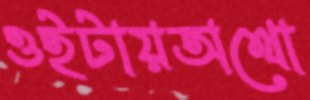
ওইটায়অথো